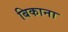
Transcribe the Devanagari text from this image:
बिकाना